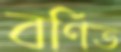
বর্ণিত